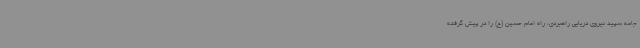
جامه سپید نیروی دریایی راهبردی، راه امام حسین (ع) را در پیش گرفته